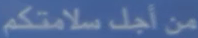
منأجلسلامتكم